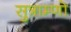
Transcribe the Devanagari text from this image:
सुत्राम्णो